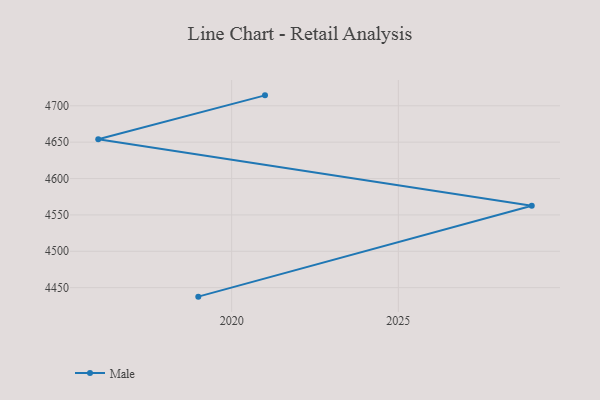
{"axis": {"x": "Year", "y": "Website Visitors"}, "legend": ["Male"], "data": [{"x": "2019", "y": 4437.6, "type": "Male"}, {"x": "2029", "y": 4562.6, "type": "Male"}, {"x": "2016", "y": 4654.0, "type": "Male"}, {"x": "2021", "y": 4714.4, "type": "Male"}]}